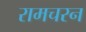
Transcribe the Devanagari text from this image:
रामचरन